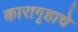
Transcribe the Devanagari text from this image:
कारागृहाचे